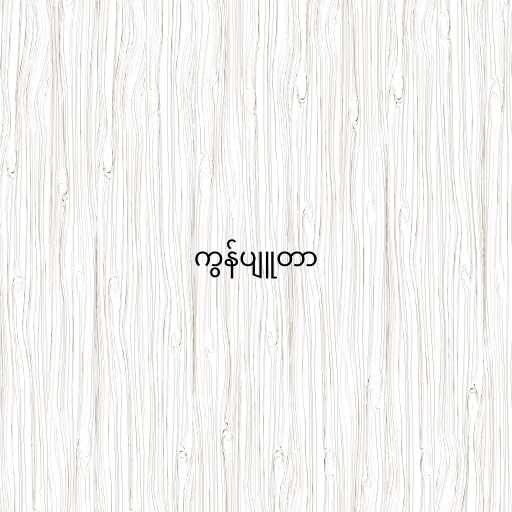
ကွန်ပျူတာ